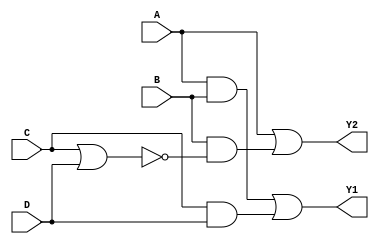
module CombinationalLogicBlock (
    input wire A,    // Input variable A
    input wire B,    // Input variable B
    input wire C,    // Input variable C
    input wire D,    // Input variable D
    output wire Y1,  // Output variable Y1
    output wire Y2   // Output variable Y2
);

    // Level 1: Initial Logic Expression
    // Example Original Expression
    // Y1 = A && B || C && D
    // Y2 = A || B && !(C || D) 
    // You would need to replace these with the actual logic derived from your truth table.

    // Level 2: First Simplification
    wire AB;        // A AND B
    wire CD;        // C AND D
    wire NOT_CD;    // NOT (C OR D)
    wire Y1_temp;   // Intermediate result for Y1
    wire Y2_temp;   // Intermediate result for Y2

    assign AB = A & B; // A AND B
    assign CD = C & D; // C AND D

    // Level 3: Factorization 
    // Simplify based on common terms if applicable
    assign Y1_temp = AB | CD;

    // Y2 can be defined as an optimized expression
    assign NOT_CD = ~(C | D); // AND NOT (C OR D)
    assign Y2_temp = A | (B & NOT_CD); // A OR (B AND NOT (C OR D))

    // Level 4: Multi-Level Optimization
    // Implementing multi-level logic using temp results
    assign Y1 = Y1_temp; // Final simplification for Y1
    assign Y2 = Y2_temp; // Final simplification for Y2

endmodule